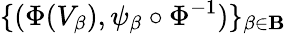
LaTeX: \{ (\Phi(V_{\beta}),\psi_{\beta}\circ\Phi^{-1})\} _{\beta\in\mathbf{B}}